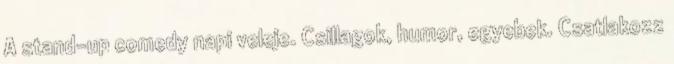
A stand-up comedy napi veleje. Csillagok, humor, egyebek. Csatlakozz